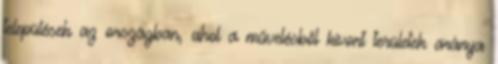
települések az országban, ahol a művelésből kivont területek aránya